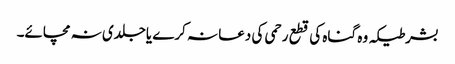
بشرطیکہ وہ گناہ کی قطع رحمی کی دعا نہ کرے یاجلدی نہ مچائے۔